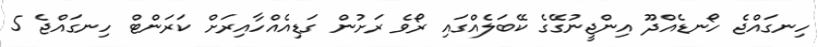
ހިނގައްޖެ ހޯނޑެއްދޫ އިންޖީނުގޭގެ ކޭބަލެއްގައި ރޯވެ ރަށުން ގަޑިއެއްހާއިރަށް ކަރަންޓް ހިނގައްޖެ 5